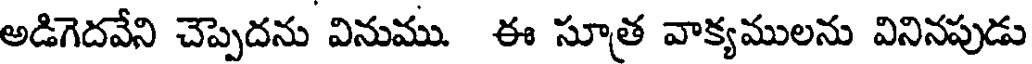
అడిగెదవేని చెప్పెదను వినుము. ఈ సూత్ర వాక్యములను వినినపుడు